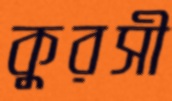
কুরসী